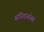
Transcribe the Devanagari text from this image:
संगितासोबत